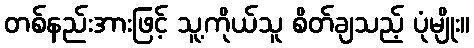
တစ်နည်းအားဖြင့် သူ့ကိုယ်သူ စိတ်ချသည့် ပုံမျိုး။